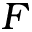
F